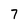
Character: 7